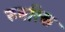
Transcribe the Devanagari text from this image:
रुबरिक